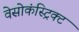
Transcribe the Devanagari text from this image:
वेसोकंस्ट्रिक्ट